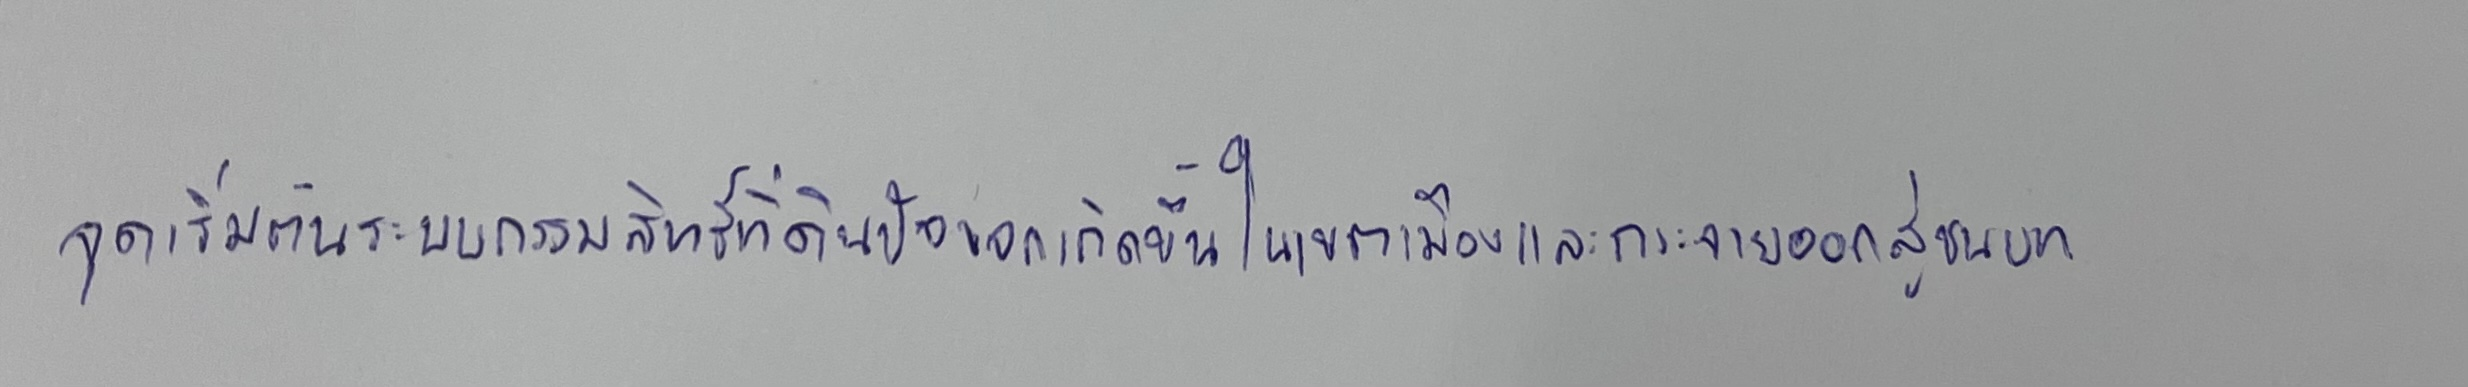
จุดเริ่มต้นระบบกรรมสิทธิ์ที่ดินปัจเจกเกิดขึ้นในเขตเมืองและกระจายออกสู่ชนบท